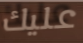
عليك